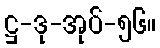
ဋ္ဌ-ဒု-အုပ်-၅၆။